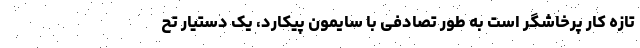
تازه کار پرخاشگر است به طور تصادفی با سایمون پیکارد، یک دستیار تح